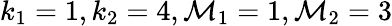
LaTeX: k_{1}=1,k_{2}=4,\mathcal{M}_{1}=1,\mathcal{M}_{2}=3